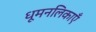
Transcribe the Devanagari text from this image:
धूमनलिकाएँ